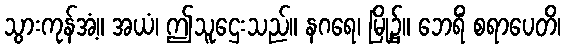
သွားကုန်အံ့။ အယံ၊ ဤသူဌေးသည်။ နဂရေ၊ မြို့၌။ ဘေရိံ စရာပေတိ၊